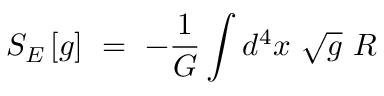
S _ { E } \left[ g \right] ~ = ~ - { \frac { 1 } { G } } \int d ^ { 4 } x ~ \sqrt g ~ R